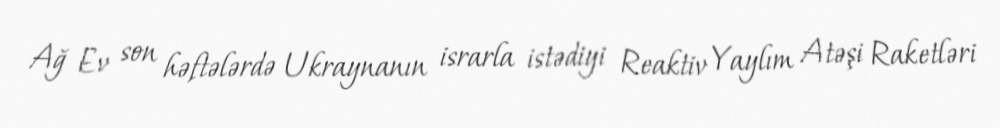
Ağ Ev son həftələrdə Ukraynanın israrla istədiyi Reaktiv Yaylım Atəşi Raketləri